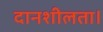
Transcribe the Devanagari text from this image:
दानशीलता।